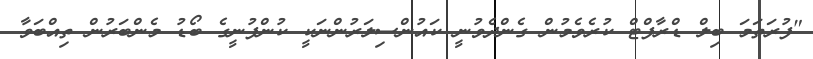
"ފުރަތަމަ ބިލް ޑްރާފްޓް ކުރެވެމުން ގެންދެވުނީ ކައުންސިލަރުންނަކީ ކުންފުނީގެ ބޯޑު މެންބަރުން ތިއްބަވާ